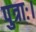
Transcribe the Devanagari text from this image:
पुत्राः।